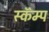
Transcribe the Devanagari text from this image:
स्कॅम्प